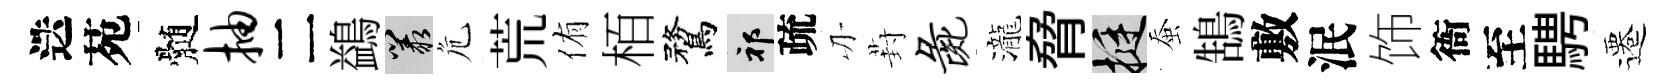
迭苑髄抽二鷁叢危荒侑栢鶩祁疏刃葑彘瀧脅挺蚕鵠敷泯饰衙至騁遷